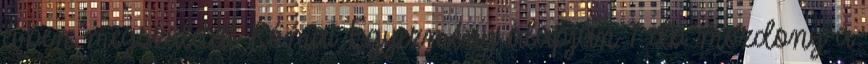
évben megszületett Római Egyezmény alapján 7 db mozdony a